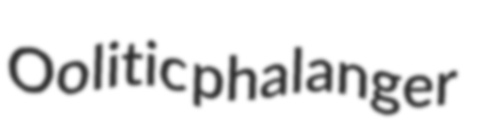
Oolitic phalanger